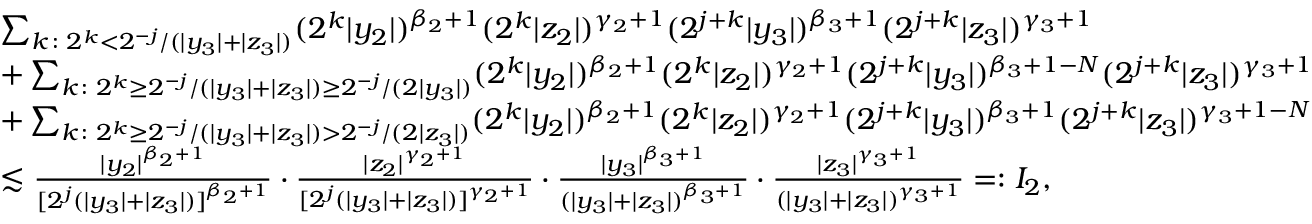
\begin{array} { r l } & { \sum _ { k \colon 2 ^ { k } < 2 ^ { - j } / ( | y _ { 3 } | + | z _ { 3 } | ) } ( 2 ^ { k } | y _ { 2 } | ) ^ { \beta _ { 2 } + 1 } ( 2 ^ { k } | z _ { 2 } | ) ^ { \gamma _ { 2 } + 1 } ( 2 ^ { j + k } | y _ { 3 } | ) ^ { \beta _ { 3 } + 1 } ( 2 ^ { j + k } | z _ { 3 } | ) ^ { \gamma _ { 3 } + 1 } } \\ & { + \sum _ { k \colon 2 ^ { k } \ge 2 ^ { - j } / ( | y _ { 3 } | + | z _ { 3 } | ) \ge 2 ^ { - j } / ( 2 | y _ { 3 } | ) } ( 2 ^ { k } | y _ { 2 } | ) ^ { \beta _ { 2 } + 1 } ( 2 ^ { k } | z _ { 2 } | ) ^ { \gamma _ { 2 } + 1 } ( 2 ^ { j + k } | y _ { 3 } | ) ^ { \beta _ { 3 } + 1 - N } ( 2 ^ { j + k } | z _ { 3 } | ) ^ { \gamma _ { 3 } + 1 } } \\ & { + \sum _ { k \colon 2 ^ { k } \ge 2 ^ { - j } / ( | y _ { 3 } | + | z _ { 3 } | ) > 2 ^ { - j } / ( 2 | z _ { 3 } | ) } ( 2 ^ { k } | y _ { 2 } | ) ^ { \beta _ { 2 } + 1 } ( 2 ^ { k } | z _ { 2 } | ) ^ { \gamma _ { 2 } + 1 } ( 2 ^ { j + k } | y _ { 3 } | ) ^ { \beta _ { 3 } + 1 } ( 2 ^ { j + k } | z _ { 3 } | ) ^ { \gamma _ { 3 } + 1 - N } } \\ & { \lesssim \frac { | y _ { 2 } | ^ { \beta _ { 2 } + 1 } } { [ 2 ^ { j } ( | y _ { 3 } | + | z _ { 3 } | ) ] ^ { \beta _ { 2 } + 1 } } \cdot \frac { | z _ { 2 } | ^ { \gamma _ { 2 } + 1 } } { [ 2 ^ { j } ( | y _ { 3 } | + | z _ { 3 } | ) ] ^ { \gamma _ { 2 } + 1 } } \cdot \frac { | y _ { 3 } | ^ { \beta _ { 3 } + 1 } } { ( | y _ { 3 } | + | z _ { 3 } | ) ^ { \beta _ { 3 } + 1 } } \cdot \frac { | z _ { 3 } | ^ { \gamma _ { 3 } + 1 } } { ( | y _ { 3 } | + | z _ { 3 } | ) ^ { \gamma _ { 3 } + 1 } } = : I _ { 2 } , } \end{array}